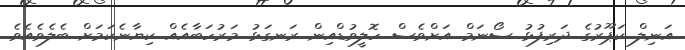
އަނިލް ކަޕޫރުގެ ދަރިފުޅު ސޯނަމް އަށްވެސް ހޮލީވުޑްއިން ރަނގަޅު މަރުހަބާއެއް ކިޔާނެކަމަށް ބެލެވެއެވެ.